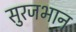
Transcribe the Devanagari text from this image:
सुरजभान